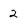
Character: 2